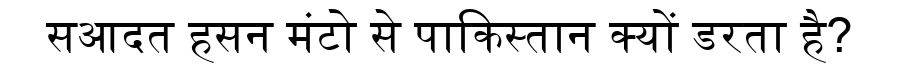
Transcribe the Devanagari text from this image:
सआदत हसन मंटो से पाकिस्तान क्यों डरता है?